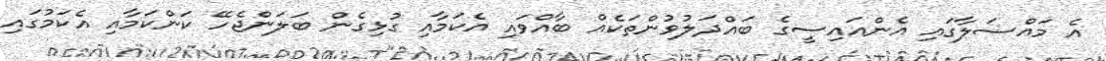
އެ މައްސަލާގައި އެންއައިސީގެ ބައްދަލުވުންތަކެއް ބާއްވައި އެކަމާއި ގުޅިގެން ބަލަންޖެހޭ ކަންކަމާއި އެކަމުގައި